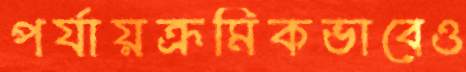
পর্যায়ক্রমিকভাবেও